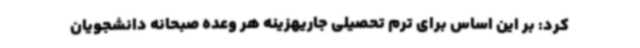
کرد: بر این اساس برای ترم تحصیلی جاریهزینه هر وعده صبحانه دانشجویان